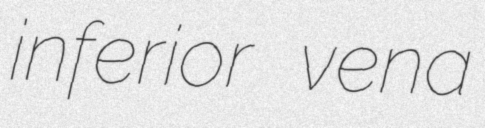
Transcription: inferior vena